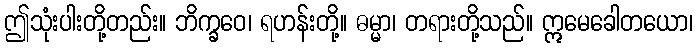
ဤသုံးပါးတို့တည်း။ ဘိက္ခဝေ၊ ရဟန်းတို့။ ဓမ္မာ၊ တရားတို့သည်။ ဣမေခေါတယော၊